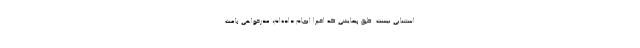
استثنایی نیست. طبق پیمایشی که اخیراً انجام داده‌ام، عذرخواهی باعث